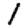
Digit: 1